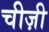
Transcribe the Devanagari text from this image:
चीज़ी